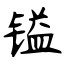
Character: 镒